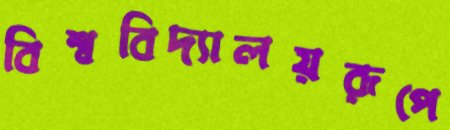
বিশ্ববিদ্যালয়রূপে